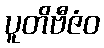
ပူတိဗီဇံဝ